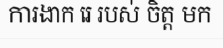
ការងាក រេ របស់ ចិត្ត មក